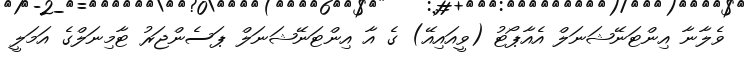
ވެލާނާ އިންޓަނޭޝަނަލް އެއާޕޯޓު (ވީއައިއޭ) ގެ އާ އިންޓަނޭޝަނަލް ޕަސެންޖަރު ޓާމިނަލްގެ އަމަލީ